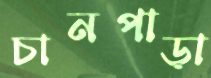
চানপাড়া